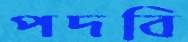
পদবি